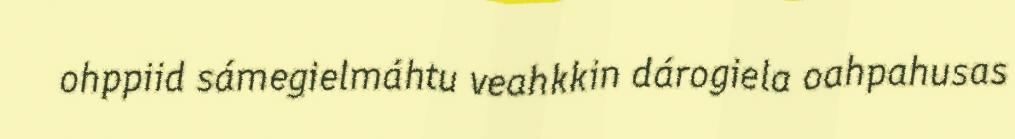
ohppiid sámegielmáhtu veahkkin dárogiela oahpahusas